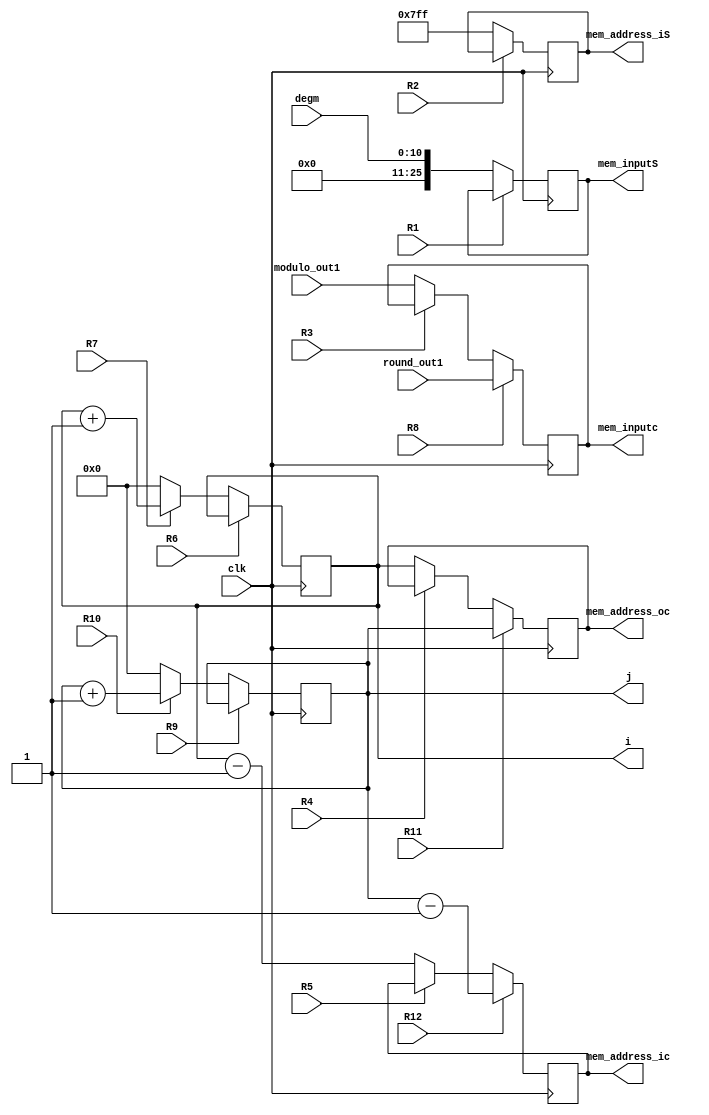
`timescale 1ns / 1ps
//////////////////////////////////////////////////////////////////////////////////
// Company: 
// Engineer: 
// 
// Design Name: 
// Module Name: Encapsulation_DP
// Project Name: 
// Target Devices: 
// Tool Versions: 
// Description: 
// 
// Dependencies: 
// 
// Revision:
// Revision 0.01 - File Created
// Additional Comments:
// 
//////////////////////////////////////////////////////////////////////////////////


module Encapsulation_DP(
    input clk,
    input [10:0] degm,
    input [12:0]modulo_out1,
    input [12:0]round_out1,
    output reg [12:0]mem_inputc, 
    output reg [10:0]mem_address_ic, 
    output reg [10:0]mem_address_oc,
    output reg [25:0]mem_inputS, 
    output reg [10:0]mem_address_iS,i,j,
    input R1, R2, R3, R4, R5,  R6, R7, R8, R9, R10, R11, R12
    );
    
    wire [25:0] nextmem_inputS;
    wire [10:0] nextmem_addres_iS;
    wire [12:0] nextmem_inputc;
    wire [10:0] nextmem_addres_ic;
    wire [10:0] nextmem_addres_oc;
    wire [10:0] nexti, nextj;
    
    
        // Registro M
    always @(posedge clk)
        mem_inputS <= nextmem_inputS;
    // Parte combinacional de M
    assign nextmem_inputS = R1 ? mem_inputS : degm;
    
    always @(posedge clk)
        mem_address_iS <= nextmem_addres_iS;
    // Parte combinacional de RP
    assign nextmem_addres_iS =R2 ? (mem_address_iS): 26'd2047;
    
        // Registro M
    always @(posedge clk)
        mem_inputc <= nextmem_inputc;
    // Parte combinacional de M
    assign nextmem_inputc = R8 ? round_out1: R3 ? mem_inputc : modulo_out1;
    
    // Registro A
    always @(posedge clk)
        i <= nexti;
    assign nexti = R6 ? R7 ? (i): (i) : R7 ? (i+1): (0);
    
    // Registro A
    always @(posedge clk)
        j <= nextj;
    assign nextj = R9 ? R10 ? (j): (j) : R10 ? (j+1): (0);
    
    
    always @(posedge clk)
        mem_address_oc <= nextmem_addres_oc;
    // Parte combinacional de RP
    assign nextmem_addres_oc = R11? j:R4 ? mem_address_oc: (i);
    
    
    always @(posedge clk)
        mem_address_ic <= nextmem_addres_ic;
    // Parte combinacional de RP
    assign nextmem_addres_ic =R12 ? j-1:R5 ? (mem_address_ic): (i-1);
    
    
endmodule